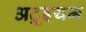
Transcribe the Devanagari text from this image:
अट्रूइयम